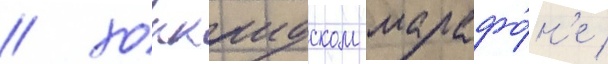
/ хоккаидском марафо́н'е /